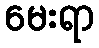
မေးရာ